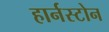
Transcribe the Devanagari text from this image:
हार्नस्टोन